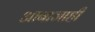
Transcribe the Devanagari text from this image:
आबाजाही